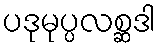
ပဒုမုပ္ပလစ္ဆဒါ